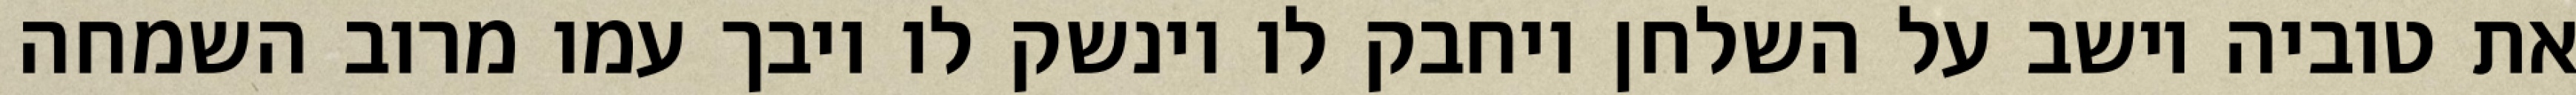
את טוביה יושב על השלחן ויחבק לו וינשק לו ויבך עמו מרוב השמחה